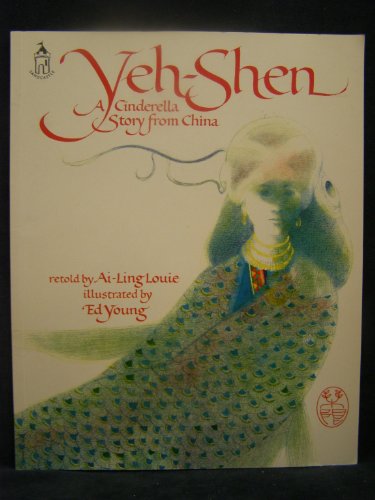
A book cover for Yeh Shen; Ai-Ling Louie; Children's Books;